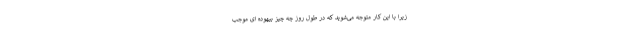
زیرا با این کار متوجه می‌شوید که در طول روز چه چیز بیهوده ای موجب